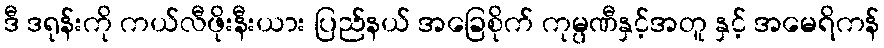
ဒီ ဒရုန်းကို ကယ်လီဖိုးနီးယား ပြည်နယ် အခြေစိုက် ကုမ္ပဏီနှင့်အတူ နှင့် အမေရိကန်